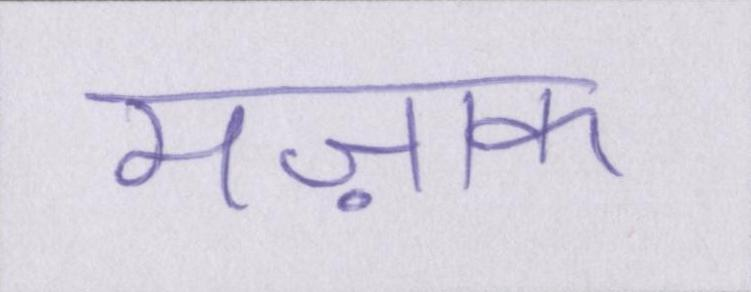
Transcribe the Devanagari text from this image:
मज़ाक